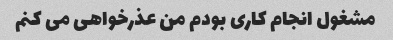
مشغول انجام کاری بودم من عذرخواهی می کنم